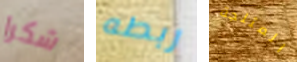
شكرا ربطه المثلجة